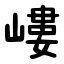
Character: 嶁